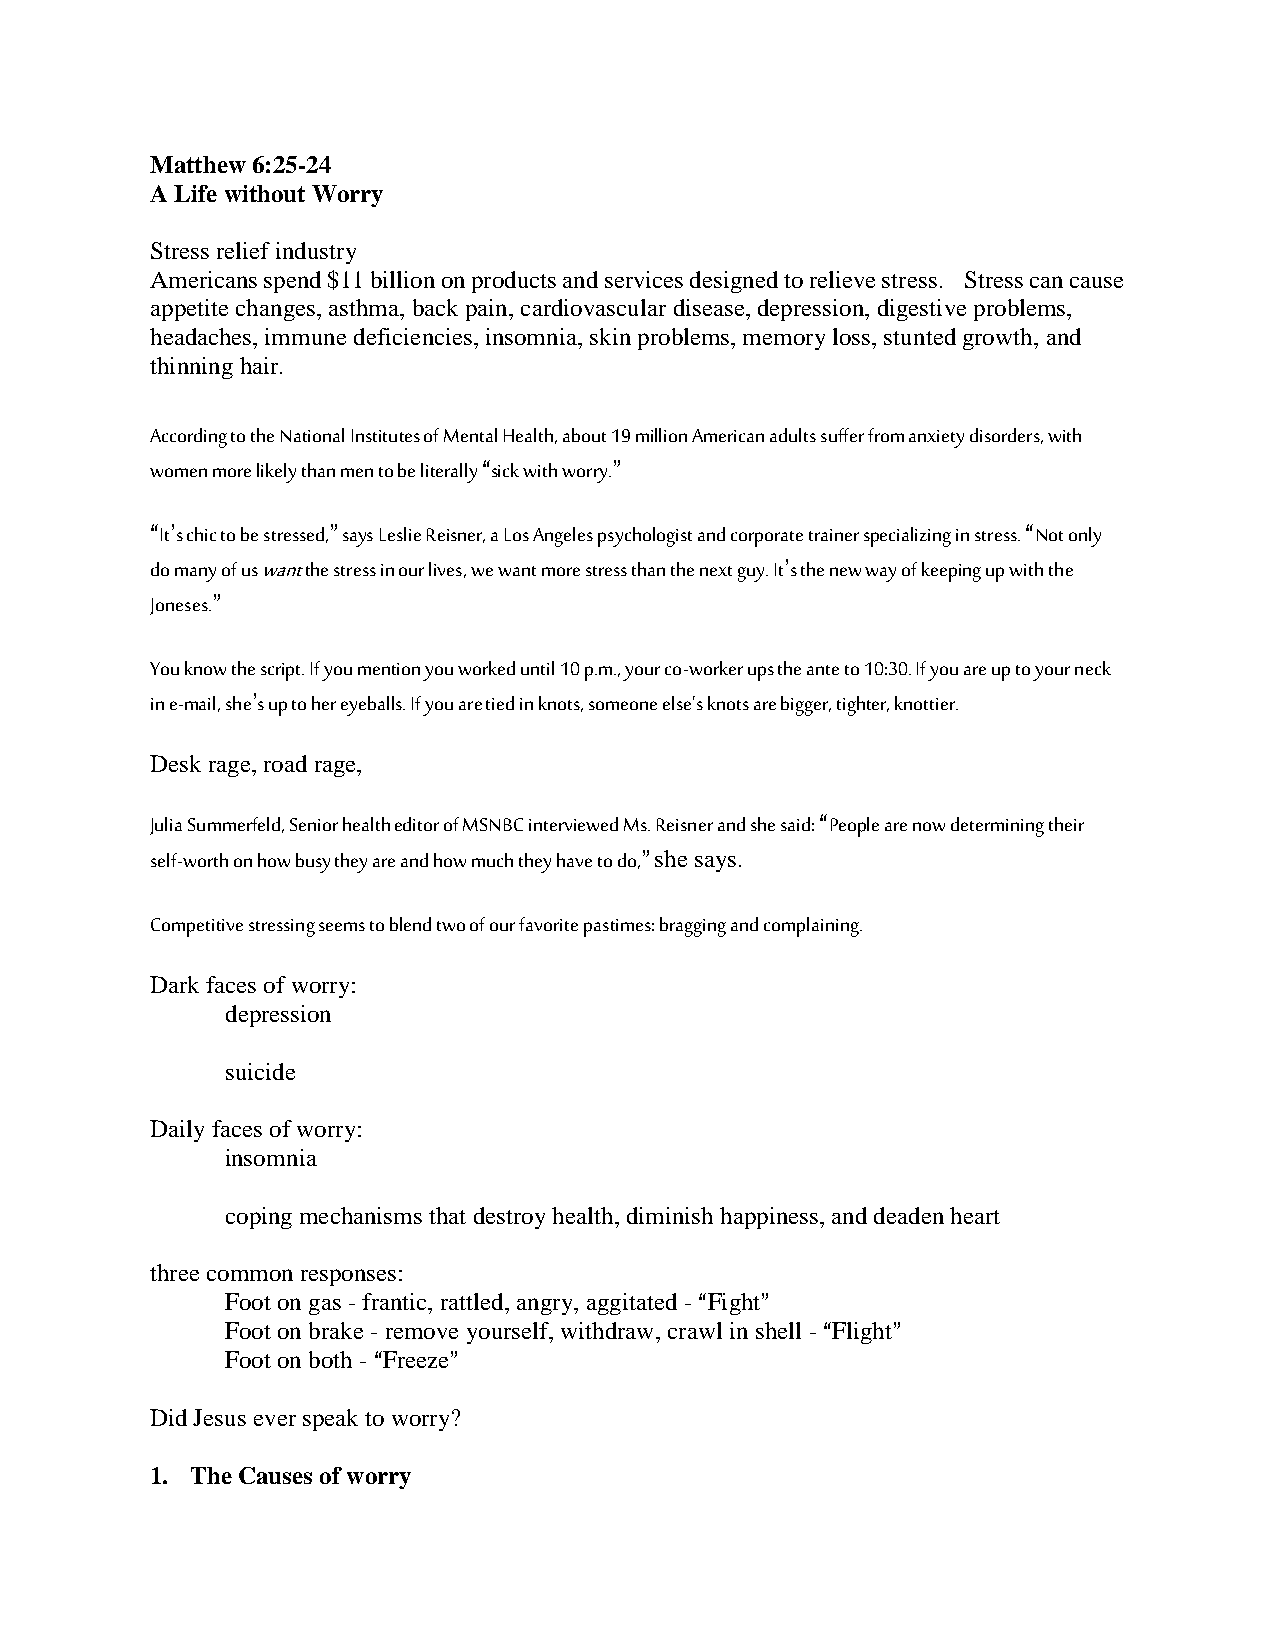
Matthew 6:25-24
 A Life without Worry
 Stress relief industry
 Americans spend $11 billion on products and services designed to relieve stress. Stress can cause
 appetite changes, asthma, back pain, cardiovascular disease, depression, digestive problems,
 headaches, immune deficiencies, insomnia, skin problems, memory loss, stunted growth, and
 thinning hair.
 According to the National Institutes of Mental Health, about 19 million American adults suffer from anxiety disorders, with
 women more likely than men to be literally Asick with worry.@
 AIt=s chic to be stressed,@ says Leslie Reisner, a Los Angeles psychologist and corporate trainer specializing in stress. ANot only
 do many of us want the stress in our lives, we want more stress than the next guy. It=s the new way of keeping up with the
 Joneses.@
 You know the script. If you mention you worked until 10 p.m., your co-worker ups the ante to 10:30. If you are up to your neck
 in e-mail, she=s up to her eyeballs. If you are tied in knots, someone else's knots are bigger, tighter, knottier.
 Desk rage, road rage,
 Julia Summerfeld, Senior health editor of MSNBC interviewed Ms. Reisner and she said: APeople are now determining their
 self-worth on how busy they are and how much they have to do,@ she says.
 Competitive stressing seems to blend two of our favorite pastimes: bragging and complaining.
 Dark faces of worry:
 depression
 suicide
 Daily faces of worry:
 insomnia
 coping mechanisms that destroy health, diminish happiness, and deaden heart
 three common responses:
 Foot on gas - frantic, rattled, angry, aggitated - AFight@
 Foot on brake - remove yourself, withdraw, crawl in shell - AFlight@
 Foot on both - AFreeze@
 Did Jesus ever speak to worry?
 1. The Causes of worry